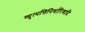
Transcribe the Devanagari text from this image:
व्युत्पत्तिनिर्धारिणादि